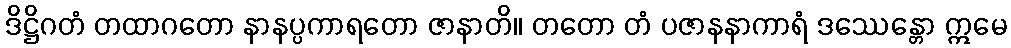
ဒိဋ္ဌိဂတံ တထာဂတော နာနပ္ပကာရတော ဇာနာတိ။ တတော တံ ပဇာနနာကာရံ ဒဿေန္တော ဣမေ